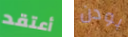
أعتقد بودن